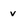
Character: v